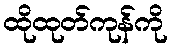
ထိုထုတ်ကုန်ကို